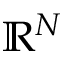
\mathbb { R } ^ { N }